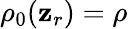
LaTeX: \rho_{0}(\mathbf{z}_{r})=\rho